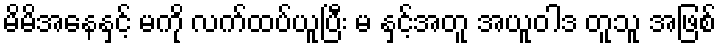
မိမိအနေနှင့် မကို လက်ထပ်ယူပြီး မ နှင့်အတူ အယူဝါဒ တူသူ အဖြစ်